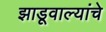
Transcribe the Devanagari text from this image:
झाडूवाल्यांचे